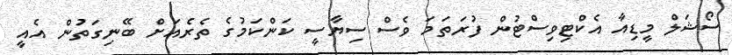
ސޯޝަލް މީޑިއާ އެކްޓިވިސްޓުން ފުރަތަމަ ވެސް ސިޔާސީ ކަންކަމުގެ ތެރެއަށް ބޭނިގަތުން އެއީ